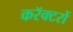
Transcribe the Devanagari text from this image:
करॅक्टरों